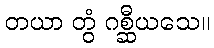
တယာ တွံ ဂစ္ဆီယသေ။